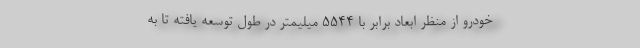
خودرو از منظر ابعاد برابر با 5544 میلیمتر در طول توسعه یافته تا به